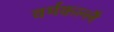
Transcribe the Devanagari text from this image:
वर्मकल्लै